Annual administration report of the Bombay Presidency - 1887-1892
Year: 1887
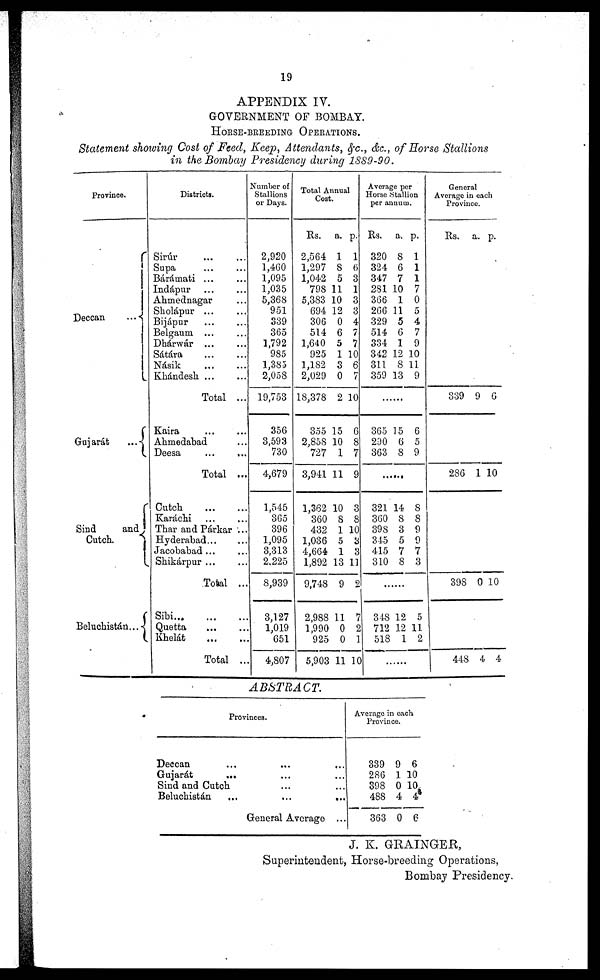
19
APPENDIX IV.
GOVERNMENT OF BOMBAY.
HORSE-BREEDING OPERATIONS.
Statement showing Cost of Feed, Keep, Attendants, &c., &c., of Horse Stallions
in the Bombay Presidency during 1889-90.
Province.
Deccan
...
Gujarát
...
Sind
and
Cutch.
Beluchistán...
Districts.
Sirur ... ...
Supa ... ...
Bárdámati ... ...
Indápur ... ...
Ahmednagar ...
Sholápur ... ...
Bijápur ... ...
Belgaum. ... ...
Dhárwár ... ...
Sátára
...
...
Násik
....
...
Khándesh
...
...
Total ...
Kaira ... ...
Ahmedabad ...
Deesa
...
...
Total ...
Cutch
...
...
Karachi ... ...
Thar and Párkar ...
Hyderabad...
Jacobabad ...
Shikarpur ... ...
Total ...
Sibi
...
...
...
Quetta ... ...
Khelát
... ...
Total ...
Number of
Stallions
or Days.
2,920
1,460
1,095
1,035
5,368
951
339
365
1,792
985
1,383
2,058
19,753
356
3,593
730
4,679
1,545
365
396
1,095
3,313
2,225
8,939
3,127
1,019
651
4,807
Total Annual
Cost.
Rs.
2,564
1,297
1,042
798
5,383
694
306
514
1,640
925
1,182
2,029
18,378
355
2,858
727
3,941
1,362
360
432
1,036
4,664
1,892
9,748
2,988
1,990
925
5,903
a.
1
8
5
11
10
12
0
6
5
1
3
0
2
15
10
1
11
10
8
1
5
1
13
9
11
0
0
11
p.
1
6
3
1
3
3
4
7
7
10
6
7
10
6
8
7
9
3
8
10
3
3
11
2
7
2
1
10
Average per
Horse Stallion
per annum.
Rs.
320
324
347
281
366
266
329
514
334
342
311
359
a.
8
6
7
10
1
11
5
6
1
12
8
13
p.
1
1
1
7
0
5
4
7
9
10
11
9
......
365
290
363
15
6
8
6
5
9
......
321
360
398
345
415
310
14
8
3
5
7
8
8
8
9
9
7
3
......
348
712
518
12
12
1
5
11
2
......
General
Average in each
Province.
Rs. a. p.
339 9 6
286 1 10
398 0 10
448 4 4
ABSTRACT.
Provinces.
Deccan ... ... ...
Gujarát
... ... ...
Sind and Cutch ... ...
Beluchistán
...
...
...
General Average ...
Average in each
Province.
339
286
398
488
363
9
1
0
4
0
6
10
10
4
6
J. K. GRAINGER,
Superintendent, Horse-breeding Operations,
Bombay Presidency.